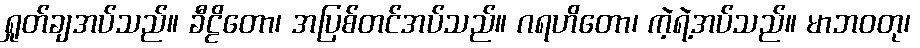
ရှုတ်ချအပ်သည်။ ခီဠိတော၊ အပြစ်တင်အပ်သည်။ ဂရဟိတော၊ ကဲ့ရဲ့အပ်သည်။ မာဘဝတု၊